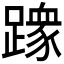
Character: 𫏢